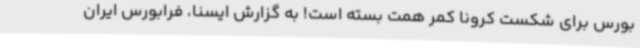
بورس برای شکست کرونا کمر همت بسته است! به گزارش ایسنا، فرابورس ایران